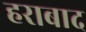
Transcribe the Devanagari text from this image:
हराबाद